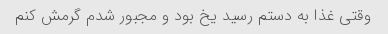
وقتی غذا به دستم رسید یخ بود و مجبور شدم گرمش کنم